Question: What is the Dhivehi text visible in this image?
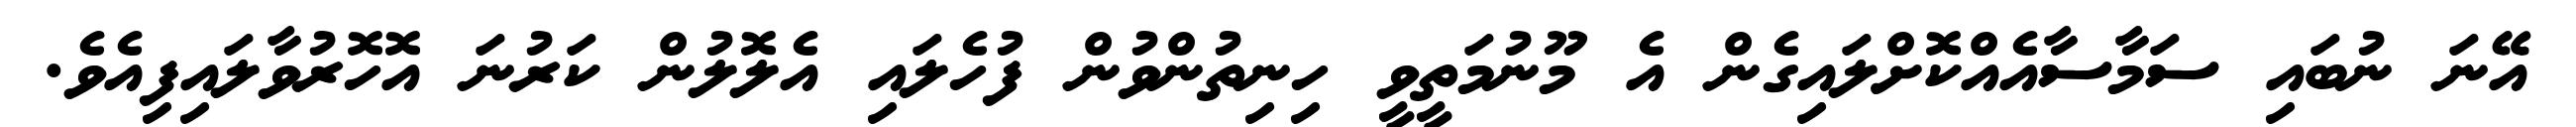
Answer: އޭނަ ނުބައި ސަމާސާއެއްކޮށްލައިގެން އެ މޫނުމަތީވީ ހިނިތުންވުން ފުހެލައި އެލޮލުން ކަރުނަ އޮހޮރުވާލައިފިއެވެ.